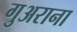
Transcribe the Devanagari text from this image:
गुअराना